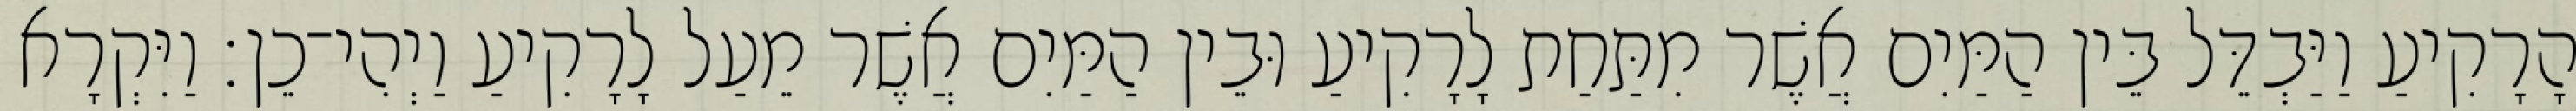
הָרָקִיעַ וַיַּבְדֵּל בֵּין הַמַּיִם אֲשֶׁר מִתַּחַת לָרָקִיעַ וּבֵין הַמַּיִם אֲשֶׁר מֵעַל לָרָקִיעַ וַיְהִי־כֵן׃ וַיִּקְרָא